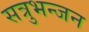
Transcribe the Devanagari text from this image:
सत्रुभन्जन